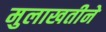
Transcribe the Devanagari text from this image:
मुलाखतीने